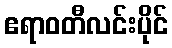
ဧရာဝတီလင်းပိုင်